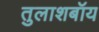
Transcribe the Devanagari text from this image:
तुलाशबॉय